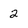
Character: 2